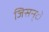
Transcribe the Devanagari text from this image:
जिसन्े